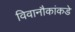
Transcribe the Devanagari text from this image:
विवानौकांकडे